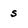
Character: s